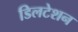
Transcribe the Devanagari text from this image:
डिलटेशन